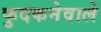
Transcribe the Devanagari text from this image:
फुदकनेवाले